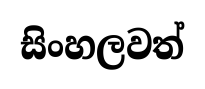
සිංහලවත්